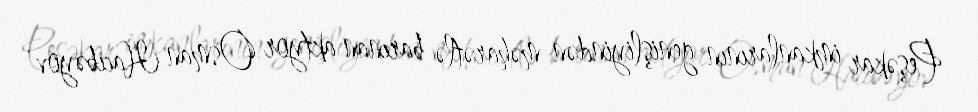
Peşəkar imkanlarının genişliyindən məharətlə barınan aktyor Osman Hacıbəyov